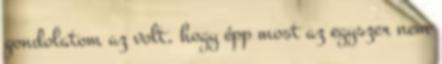
gondolatom az volt, hogy épp most az egyszer nem